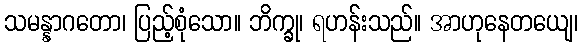
သမန္နာဂတော၊ ပြည့်စုံသော။ ဘိက္ခု၊ ရဟန်းသည်။ အာဟုနေတယျေ၊